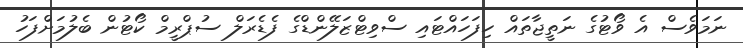
ނަމަވެސް އެ ވޯޓުގެ ނަތީޖާތައް ހިފަހައްޓައި ސްވިޓްޒަލޭންޑްގެ ފެޑެރަލް ސުޕްރީމް ކޯޓުން ބެލުމަށްފަހު